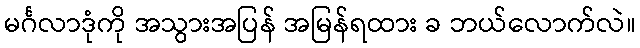
မင်္ဂလာဒုံကို အသွားအပြန် အမြန်ရထား ခ ဘယ်လောက်လဲ။